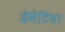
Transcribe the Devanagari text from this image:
डेमेंटिया